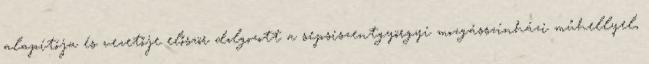
alapítója és vezetője először dolgozott a sepsiszentgyörgyi mozgásszínházi műhellyel,